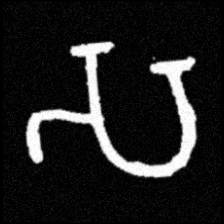
Pyu character \u2014 Myanmar letter: သ (romanized: sa)